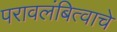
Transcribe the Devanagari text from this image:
परावलंबित्वाचे